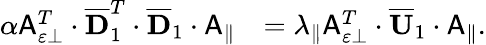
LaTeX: \begin{array}{rl}{\alpha\mathsf{A}_{\varepsilon\perp}^{T}\cdot\overline{{\mathbf{D}}}_{1}^{T}\cdot\overline{{\mathbf{D}}}_{1}\cdot\mathsf{A}_{\parallel}}&{=\lambda_{\parallel}\mathsf{A}_{\varepsilon\perp}^{T}\cdot\overline{{\mathbf{U}}}_{1}\cdot\mathsf{A}_{\parallel}.}\end{array}